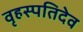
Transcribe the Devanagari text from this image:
वृहस्पतिदेव